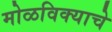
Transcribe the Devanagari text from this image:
मोळविक्याचे